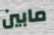
مابين